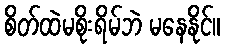
စိတ်ထဲမစိုးရိမ်ဘဲ မနေနိုင်။